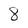
Character: 8